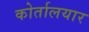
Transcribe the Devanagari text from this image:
कोर्तालयार